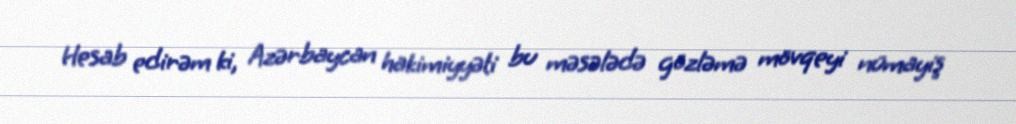
Hesab edirəm ki, Azərbaycan hakimiyyəti bu məsələdə gözləmə mövqeyi nümayiş